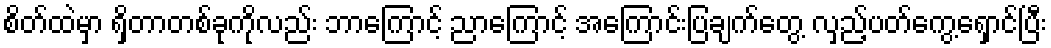
စိတ်ထဲမှာ ရှိတာတစ်ခုကိုလည်း ဘာကြောင့် ညာကြောင့် အကြောင်းပြချက်တွေ့ လှည့်ပတ်ကွေ့ရှောင်ပြီး